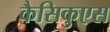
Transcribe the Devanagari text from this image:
कैसिकुएस